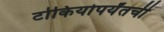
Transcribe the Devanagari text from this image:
टोकियोपर्यंतची